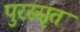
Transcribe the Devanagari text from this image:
पुरस्सृत